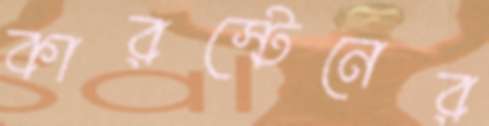
কারস্টেনের